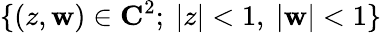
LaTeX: \{ (z,\mathbf{w})\in\mathbf{{C}}^{2};~|z|<1,~|\mathbf{w}|<1\}